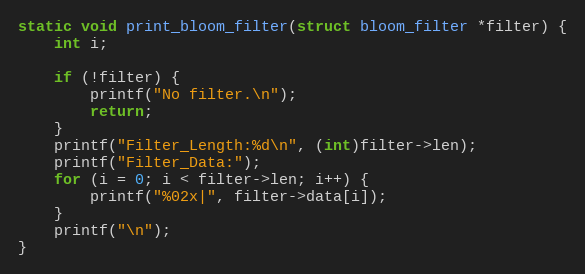
Language: C
static void print_bloom_filter(struct bloom_filter *filter) {
	int i;

	if (!filter) {
		printf("No filter.\n");
		return;
	}
	printf("Filter_Length:%d\n", (int)filter->len);
	printf("Filter_Data:");
	for (i = 0; i < filter->len; i++) {
		printf("%02x|", filter->data[i]);
	}
	printf("\n");
}